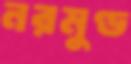
নরমুণ্ড